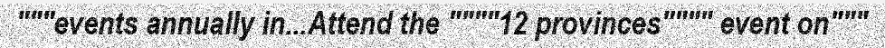
"""events annually in...Attend the """"12 provinces"""" event on"""